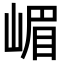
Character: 嵋